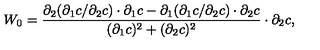
W _ { 0 } = \frac { { \partial } _ { 2 } ( { \partial } _ { 1 } c / { \partial } _ { 2 } c ) \cdot { \partial } _ { 1 } c - { \partial } _ { 1 } ( { \partial } _ { 1 } c / { \partial } _ { 2 } c ) \cdot { \partial } _ { 2 } c } { ( { \partial } _ { 1 } c ) ^ { 2 } + ( { \partial } _ { 2 } c ) ^ { 2 } } \cdot { \partial } _ { 2 } c ,